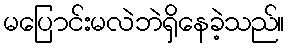
မပြောင်းမလဲဘဲရှိနေခဲ့သည်။